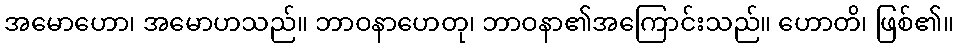
အမောဟော၊ အမောဟသည်။ ဘာဝနာဟေတု၊ ဘာဝနာ၏အကြောင်းသည်။ ဟောတိ၊ ဖြစ်၏။